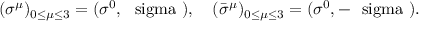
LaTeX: ( { \sigma } ^ { \mu } ) _ { 0 \le \mu \le 3 } = ( \sigma ^ { 0 } , \mathrm { \boldmath ~ \ s i g m a ~ } ) , \quad ( { \bar { \sigma } } ^ { \mu } ) _ { 0 \le \mu \le 3 } = ( \sigma ^ { 0 } , - \mathrm { \boldmath ~ \ s i g m a ~ } ) .